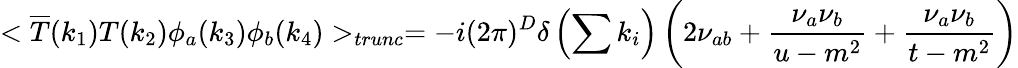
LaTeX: <\overline{{{T}}}(k_{1})T(k_{2})\phi_{a}(k_{3})\phi_{b}(k_{4})>_{trunc}=-i(2\pi)^{D}\delta\left(\sum k_{i}\right)\left(2\nu_{ab}+\frac{\nu_{a}\nu_{b}}{u-m^{2}}+\frac{\nu_{a}\nu_{b}}{t-m^{2}}\right)